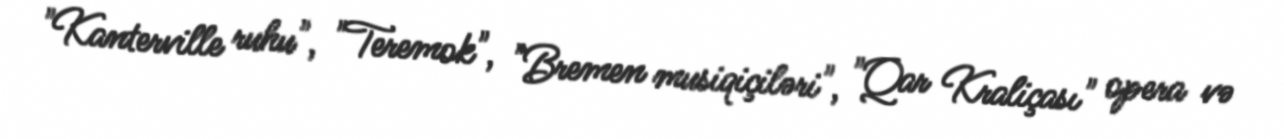
"Kanterville ruhu", "Teremok", "Bremen musiqiçiləri", "Qar Kraliçası" opera və